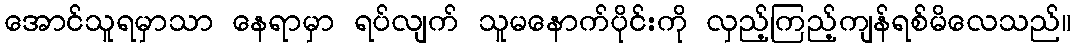
အောင်သူရမှာသာ နေရာမှာ ရပ်လျက် သူမနောက်ပိုင်းကို လှည့်ကြည့်ကျန်ရစ်မိလေသည်။